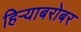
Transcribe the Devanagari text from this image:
हिर्‍याबरोबर